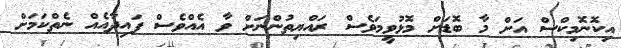
އިކޮނޮމިކްސް އަށް މާ ބޮޑަށް މޮޅުވީމަވެސް ރައްޔިތުންނަށް ވާ އެއްވެސް ފައިދާއެއް ނެތްކަމަށް